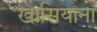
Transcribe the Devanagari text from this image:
खासियाना